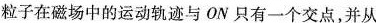
粒子在磁场中的运动轨迹与ON只有一个交点，并从